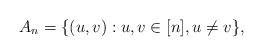
LaTeX: \begin{align*}A_n = \{ (u,v) : u, v \in [n], u \ne v\},\end{align*}